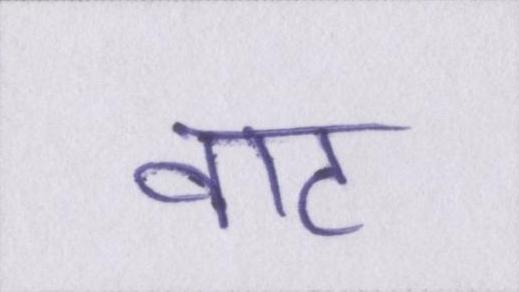
वाट